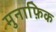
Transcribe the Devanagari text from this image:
मुनाफ़िक